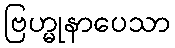
ဗြဟ္မုနာပေသာ